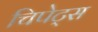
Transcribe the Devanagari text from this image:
चिपेट्स